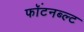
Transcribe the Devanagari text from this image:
फॉंटनब्ल्ट